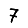
Digit: 7